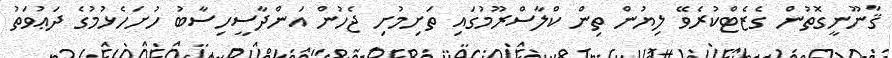
ޤާނޫނީގޮތުން ގެޒެޓްކުރެވޭ ލިޔުން ތިން ކްލާސްރޫމުގައި ތަށިމުށި ޖެހުން އަންދާސީހިސާބު ހުށަހެޅުމުގެ ދަޢުވަތު